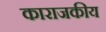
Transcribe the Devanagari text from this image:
काराजकीय